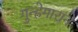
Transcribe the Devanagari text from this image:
गुन्हेगाराने